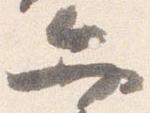
弁